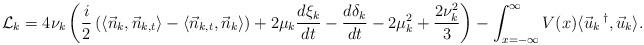
LaTeX: \begin{align*}\mathcal{L}_k = 4\nu _k \left( {i \over 2 } \left( \langle\vec{n}_k,\vec{n}_{k,t}\rangle-\langle\vec{n}_{k,t},\vec{n}_k\rangle \right) +2\mu _k{d\xi_k \over dt } - {d\delta _k \over dt }-2\mu _k^2 + { 2\nu _k^2 \over 3 }\right) -\int_{x=-\infty}^{\infty} V(x) \langle\vec{u}_k\,^\dag, \vec{u}_k\rangle.\end{align*}